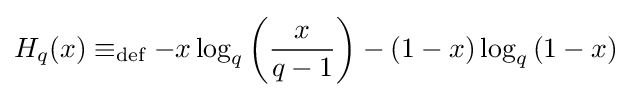
H_{q}(x)\equiv _{\text{def}}-x\log _{q}\left({x \over {q-1}}\right)-(1-x)\log _{q}{(1-x)}